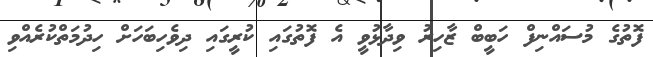
ފޮތުގެ މުސައްނިފް ހަބީބް ޒާހިރު ވިދާޅުވީ އެ ފޮތުގައި ކުރީގައި ދިވެހިބަހަށް ހިދުމަތްކުރެއްވި